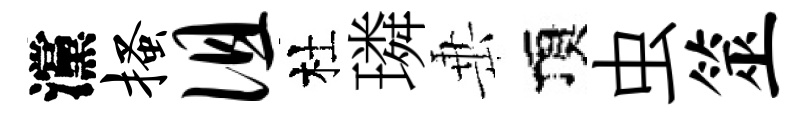
灙搔徂杜璘𡸁頂虫筮